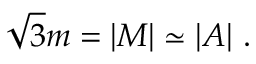
\sqrt 3 m = | M | \simeq | A | \ .